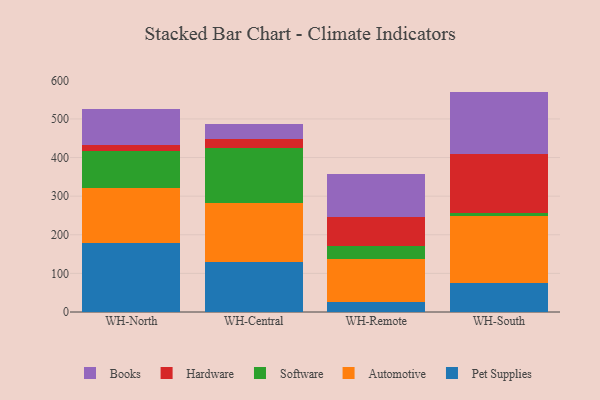
{"axis": {"x": "Warehouse", "y": "Satisfaction Score"}, "legend": ["Automotive", "Books", "Hardware", "Pet Supplies", "Software"], "data": [{"x": "WH-North", "y": 177.7, "type": "Pet Supplies"}, {"x": "WH-North", "y": 143.7, "type": "Automotive"}, {"x": "WH-North", "y": 96.6, "type": "Software"}, {"x": "WH-North", "y": 15.2, "type": "Hardware"}, {"x": "WH-North", "y": 93.7, "type": "Books"}, {"x": "WH-Central", "y": 129.0, "type": "Pet Supplies"}, {"x": "WH-Central", "y": 153.9, "type": "Automotive"}, {"x": "WH-Central", "y": 141.1, "type": "Software"}, {"x": "WH-Central", "y": 24.0, "type": "Hardware"}, {"x": "WH-Central", "y": 38.0, "type": "Books"}, {"x": "WH-Remote", "y": 26.0, "type": "Pet Supplies"}, {"x": "WH-Remote", "y": 110.5, "type": "Automotive"}, {"x": "WH-Remote", "y": 34.2, "type": "Software"}, {"x": "WH-Remote", "y": 74.3, "type": "Hardware"}, {"x": "WH-Remote", "y": 112.7, "type": "Books"}, {"x": "WH-South", "y": 74.0, "type": "Pet Supplies"}, {"x": "WH-South", "y": 174.5, "type": "Automotive"}, {"x": "WH-South", "y": 7.8, "type": "Software"}, {"x": "WH-South", "y": 153.4, "type": "Hardware"}, {"x": "WH-South", "y": 161.1, "type": "Books"}]}